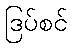
ဒြပ်စင်